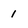
Character: 1